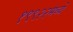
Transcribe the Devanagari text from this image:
१९९२२मध्ये